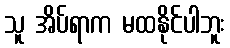
သူ အိပ်ရာက မထနိုင်ပါဘူး